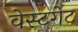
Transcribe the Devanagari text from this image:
वेस्टगेट